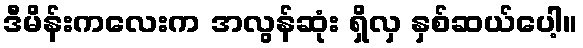
ဒီမိန်းကလေးက အလွန်ဆုံး ရှိလှ နှစ်ဆယ်ပေါ့။